Source: Handwritten
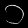
Digit: ၁ (1)